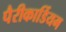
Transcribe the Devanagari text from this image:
पैरीकार्डियम